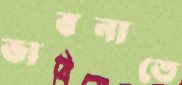
ভাবনাতে